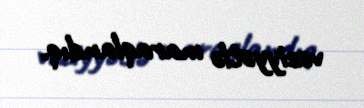
vəziyyətlə maraqlandıq.